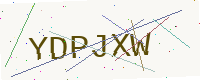
Text: YDPJXW